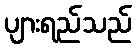
ပျားရည်သည်